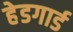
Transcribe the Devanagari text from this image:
हेडगार्ड